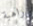
راهبة